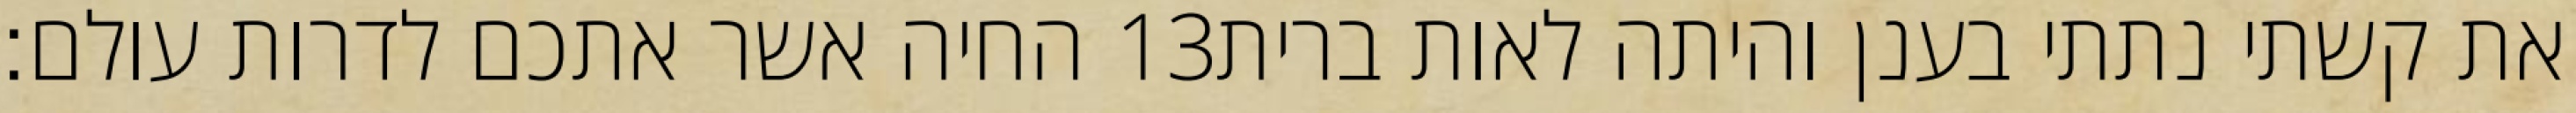
החיה אשר אתכם לדרות עולם׃ ‎13‏ את קשתי נתתי בענן והיתה לאות ברית